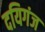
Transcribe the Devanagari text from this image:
दयिगंज